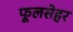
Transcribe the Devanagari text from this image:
फूलसेहर